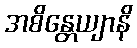
အစိန္တေယျာနိ